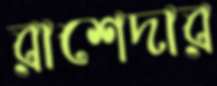
রাশেদার